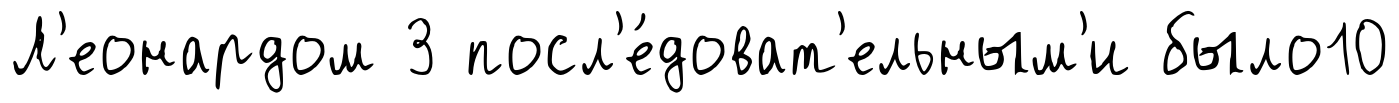
Л'еонардом 3 посл'е́доват'ельным'и было10